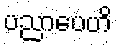
ပညာပေဟိ